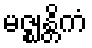
မဇ္ဈန္တိကံ